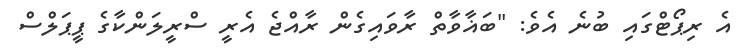
އެ ރިޕޯޓްގައި ބުނެ އެވެ: "ބަޣާވާތް ރާވައިގެން ރާއްޖެ އެރީ ސްރީލަންކާގެ ޕީޕަލްސް